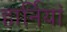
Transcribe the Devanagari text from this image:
हार्नियां